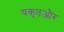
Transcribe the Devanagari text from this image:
यकृतऔर